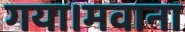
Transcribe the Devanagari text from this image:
गया।मवाना